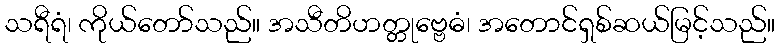
သရီရံ၊ ကိုယ်တော်သည်။ အသီတိဟတ္တုဗ္ဗေဓံ၊ အတောင်ရှစ်ဆယ်မြင့်သည်။